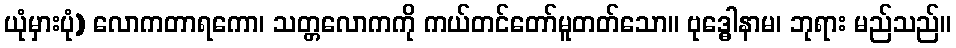
ယုံမှားပုံ) လောကတာရကော၊ သတ္တလောကကို ကယ်တင်တော်မူတတ်သော။ ဗုဒ္ဓေါနာမ၊ ဘုရား မည်သည်။